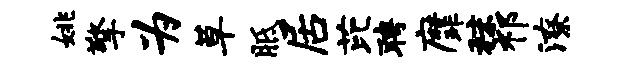
姚擎为草胝居芘聘縻秣祁潦